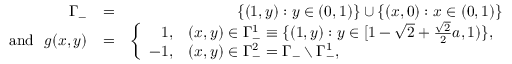
\begin{array} { r l r } { \Gamma _ { - } } & { = } & { \{ ( 1 , y ) : y \in ( 0 , 1 ) \} \cup \{ ( x , 0 ) : x \in ( 0 , 1 ) \} } \\ { \mathrm { a n d ~ } \, \, g ( x , y ) } & { = } & { \left\{ \begin{array} { r l } { 1 , } & { ( x , y ) \in \Gamma _ { - } ^ { 1 } \equiv \{ ( 1 , y ) : y \in [ 1 - \sqrt { 2 } + \frac { \sqrt { 2 } } { 2 } a , 1 ) \} , } \\ { - 1 , } & { ( x , y ) \in \Gamma _ { - } ^ { 2 } = \Gamma _ { - } \setminus \Gamma _ { - } ^ { 1 } , } \end{array} \right. } \end{array}